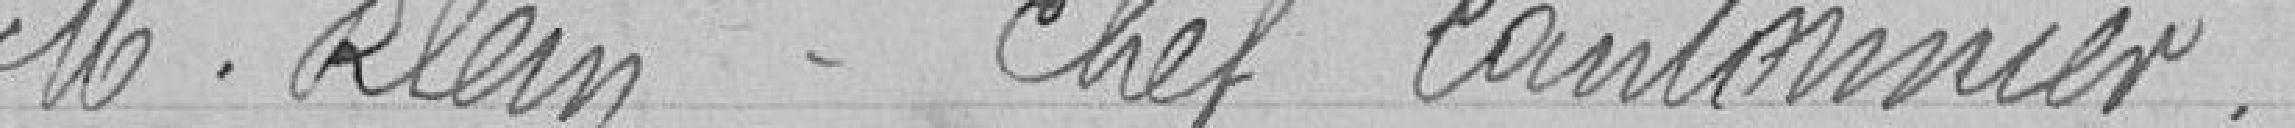
Monsieur Eclein - chef cantonnier.